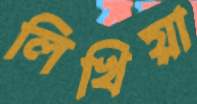
লিখিয়া